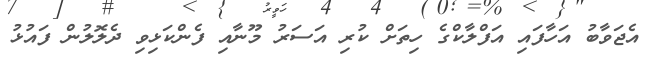
އެޖަވާބު އަހާފައި އަފްލާކްގެ ހިތަށް ކުރި އަސަރު މޫނާއި ފެންކަޅިވި ދެލޮލުން ފައުޅު